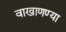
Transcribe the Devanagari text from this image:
वाखाणण्या